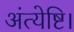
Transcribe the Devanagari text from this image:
अंत्येष्टि।